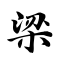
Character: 梁